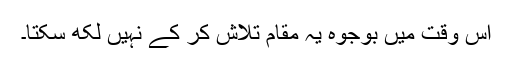
اس وقت میں بوجوہ یہ مقام تلاش کر کے نہیں لکھ سکتا۔